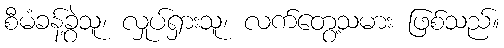
စီမံခန့်ခွဲသူ၊ လှုပ်ရှားသူ၊ လက်တွေ့သမား ဖြစ်သည်။